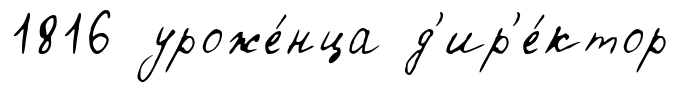
1816 уроже́нца д'ир'е́ктор